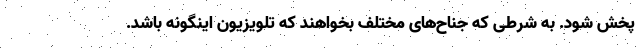
پخش شود. به شرطی که جناح‌های مختلف بخواهند که تلویزیون اینگونه باشد.